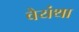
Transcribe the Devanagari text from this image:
वैयंथा